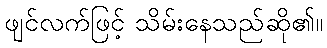
ဖျင်လက်ဖြင့် သိမ်းနေသည်ဆို၏။